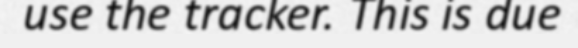
use the tracker. This is due